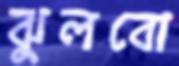
ঝুলবো